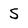
Character: 5